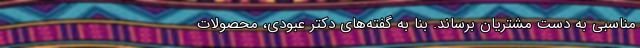
مناسبی به دست مشتریان برساند. بنا به گفته‌های دکتر عبودی، محصولات